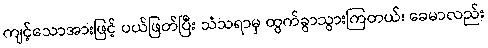
ကျင့်သောအားဖြင့် ပယ်ဖြတ်ပြီး သံသရာမှ ထွက်ခွာသွားကြတယ်၊ ခေမာလည်း